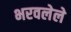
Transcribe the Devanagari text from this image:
भरवलेले